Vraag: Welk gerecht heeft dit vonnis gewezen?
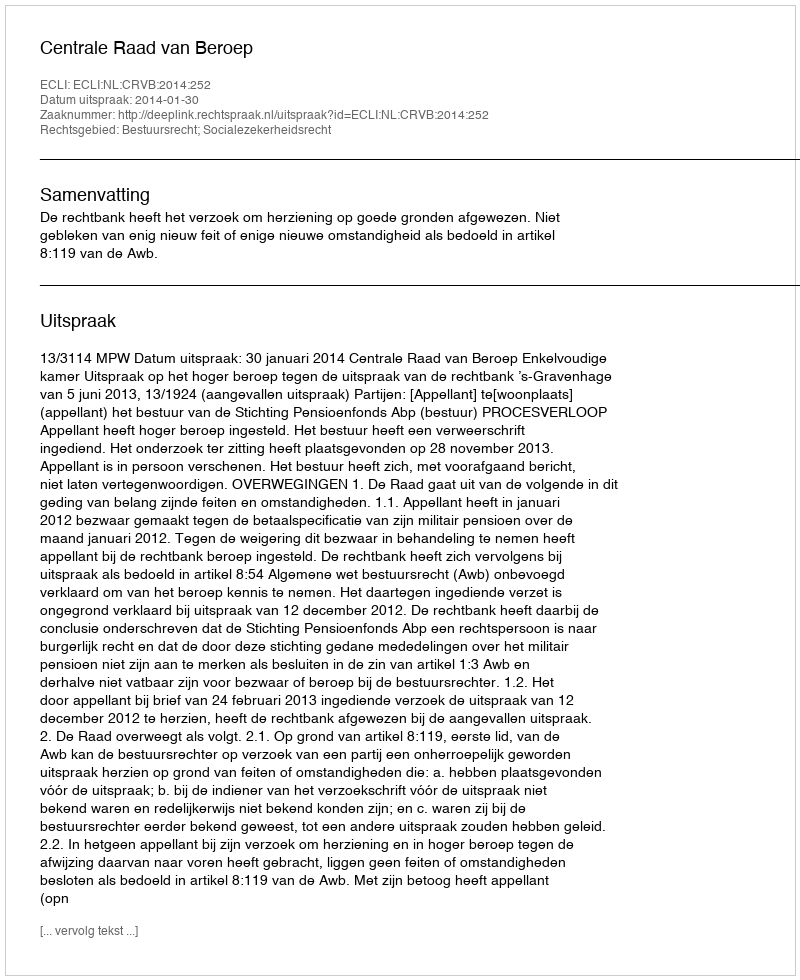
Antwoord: Centrale Raad van Beroep